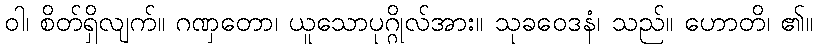
ဝါ၊ စိတ်ရှိလျက်။ ဂဏှတော၊ ယူသောပုဂ္ဂိုလ်အား။ သုခဝေဒနံ၊ သည်။ ဟောတိ၊ ၏။